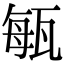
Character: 𤭐